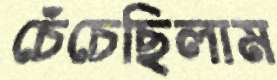
চেঁচেছিলাম